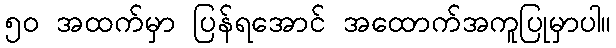
၅၀ အထက်မှာ ပြန်ရအောင် အထောက်အကူပြုမှာပါ။